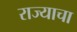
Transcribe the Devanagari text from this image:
राज्‍याचा